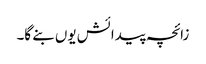
زائچہ پیدائش یوں بنے گا۔